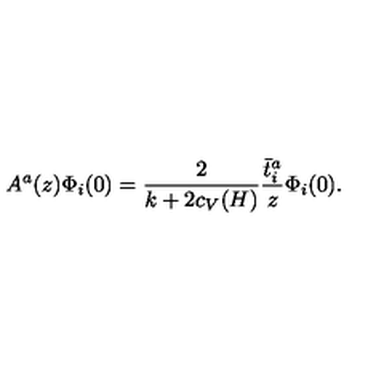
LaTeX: A ^ { a } ( z ) \Phi _ { i } ( 0 ) = { \frac { 2 } { k + 2 c _ { V } ( H ) } } { \frac { \bar { t } _ { i } ^ { a } } { z } } \Phi _ { i } ( 0 ) .